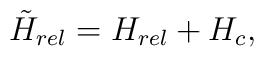
\tilde{H}_{rel}=H_{rel}+H_{c},